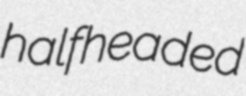
halfheaded